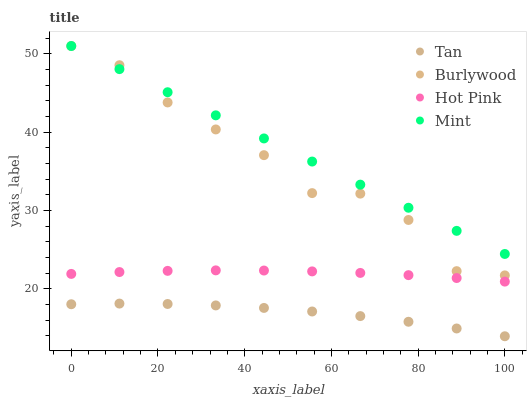
| xaxis_label | Tan | Burlywood | Hot Pink | Mint |
 | --- | --- | --- | --- | --- |
 | 0 | 18 | 51 | 21.9 | 51 |
 | 11.1 | 18.1 | 48.5 | 22.2 | 48.1 |
 | 22.2 | 18.1 | 43.8 | 22.3 | 45.1 |
 | 33.3 | 17.9 | 40.4 | 22.4 | 42.2 |
 | 44.4 | 17.6 | 37.1 | 22.3 | 39.2 |
 | 55.6 | 17.1 | 32.2 | 22.2 | 36.3 |
 | 66.7 | 16.5 | 32.2 | 22 | 33.3 |
 | 77.8 | 15.8 | 28.8 | 21.8 | 30.4 |
 | 88.9 | 14.9 | 22.3 | 21.4 | 27.4 |
 | 100 | 14 | 21.7 | 20.9 | 24.5 |